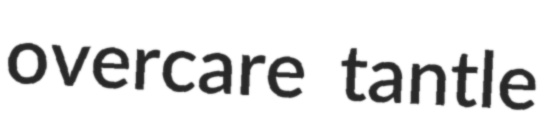
overcare tantle